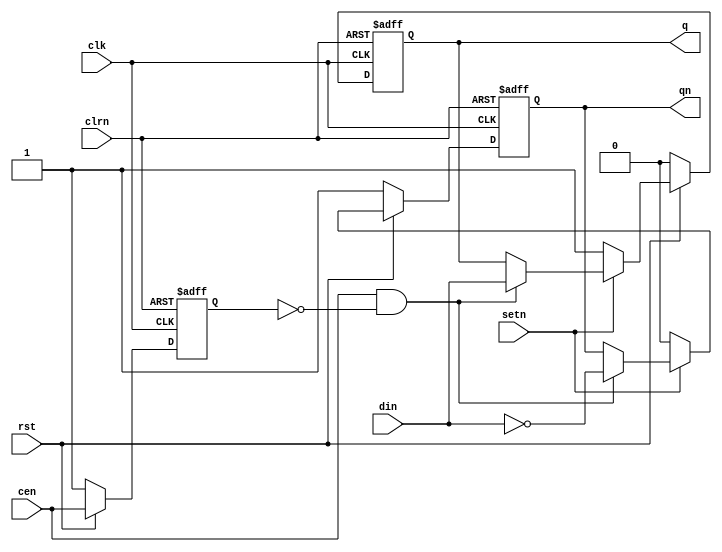
`default_nettype none
`timescale 1ns/10ps
module DFF_AsyncClrPre #(parameter W=1 ) (
    input      wire          clk,
    input      wire [W-1:0]  din,
    input      wire rst,
    output reg  [W-1:0]  q,
    output reg  [W-1:0]  qn,
    input      wire [W-1:0]  setn,    
    input      wire [W-1:0]  clrn,    
    input      wire [W-1:0]  cen 
);

reg  [W-1:0] last_edge;

generate
    genvar i;
    for (i=0; i < W; i=i+1) begin: flip_flop
        always @(posedge clk, negedge clrn) begin
            if(!clrn) begin
                q[i]         <= 0;
                qn[i]        <= 1;
                last_edge[i] <= 1;
            end
            else if (!rst) begin
                q[i]         <= 0;
                qn[i]        <= 1;
                last_edge[i] <= 1; 
            end
            else begin
                last_edge[i] <= cen[i];
                if( !setn[i] ) begin
                    q[i]  <= 1'b1;
                    qn[i] <= 1'b0;
                end else
                if( cen[i] && !last_edge[i] ) begin
                    q[i]  <=  din[i];
                    qn[i] <= ~din[i];
                end
            end
        end
    end
endgenerate

endmodule